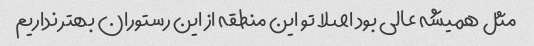
مثل همیشه عالی بود اصلا تو این منطقه از این رستوران بهتر نداریم